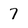
Character: 7